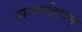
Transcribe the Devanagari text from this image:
नागप्पट्टिणम्